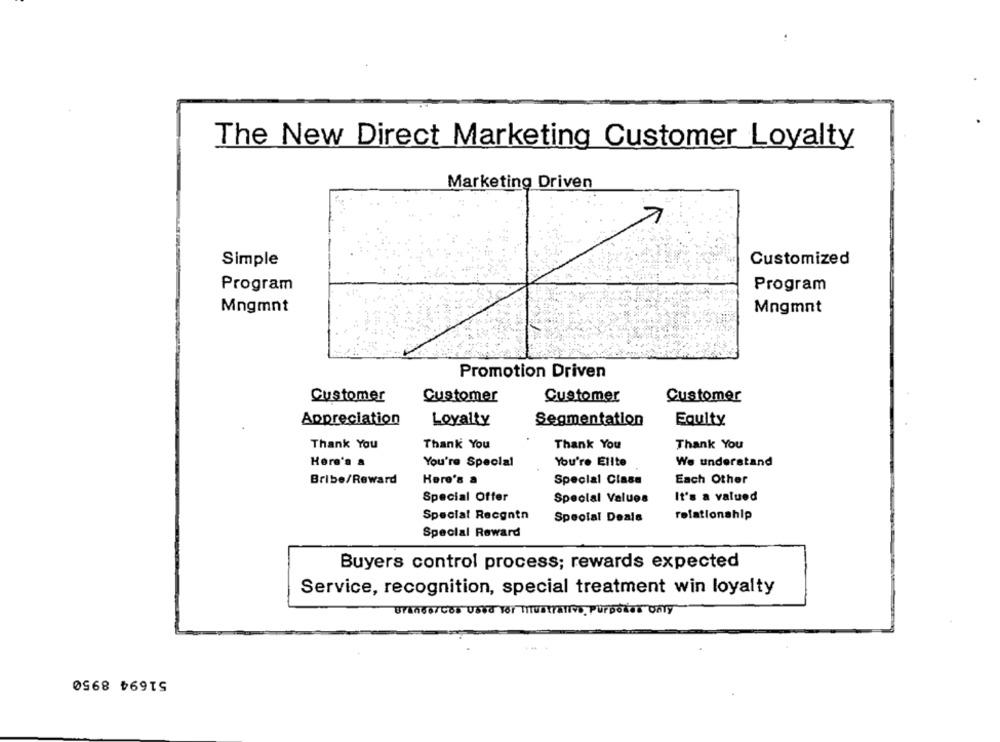
The New Direct Marketing Customer Loyalty
Marketing Driven
Simple
Customized
Program
Program
Mngmnt
Mngmnt
Promotion Driven
Customer
Customer
Customer
Customer
Appreciation
Loyalty
Segmentation
Equity
Thank You
Thank You
Thank You
Thank You
Here's &
You're Special
You're Elite
We understand
Bribe/Reward
Here's a
Special Clase
Each Other
Special Offer
It's a valued
Special Values
Special Recgntn
Special Deals
relationship
Special Reward
Buyers control process; rewards expected
Service, recognition, special treatment win loyalty
51694 8950